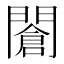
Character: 𨶆